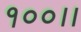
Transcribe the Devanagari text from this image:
१००।।